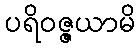
ပရိဝဇ္ဇယာမိ